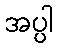
အပ္ပါ